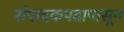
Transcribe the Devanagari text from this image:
संपादकपदापासून